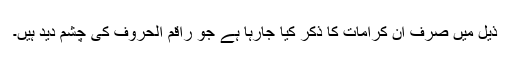
ذیل میں صرف اُن کرامات کا ذکر کیا جارہا ہے جو راقم الحروف کی چشم دید ہیں۔